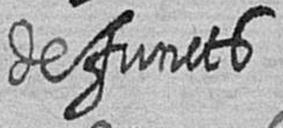
defuncts